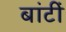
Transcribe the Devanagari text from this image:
बांटीं